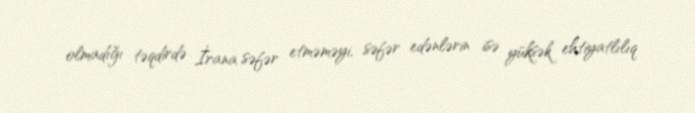
olmadığı təqdirdə İrana səfər etməməyi, səfər edənlərin isə yüksək ehtiyatlılıq